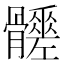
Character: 𩪳